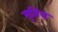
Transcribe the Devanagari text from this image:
सूडिय